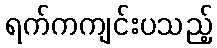
ရက်ကကျင်းပသည့်